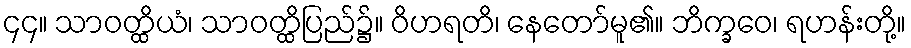
၄၄။ သာဝတ္ထိယံ၊ သာဝတ္ထိပြည်၌။ ဝိဟရတိ၊ နေတော်မူ၏။ ဘိက္ခဝေ၊ ရဟန်းတို့။